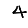
Digit: 4